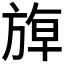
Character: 𰕬